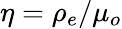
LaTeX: \eta=\rho_{e}/\mu_{o}